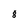
Character: 8